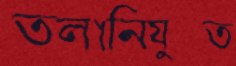
তলানিযুক্ত